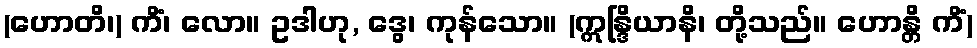
(ဟောတိ၊) ကိံ၊ လော။ ဥဒါဟု, ဒွေ၊ ကုန်သော။ (ဣန္ဒြိယာနိ၊ တို့သည်။ ဟောန္တိ ကိံ)